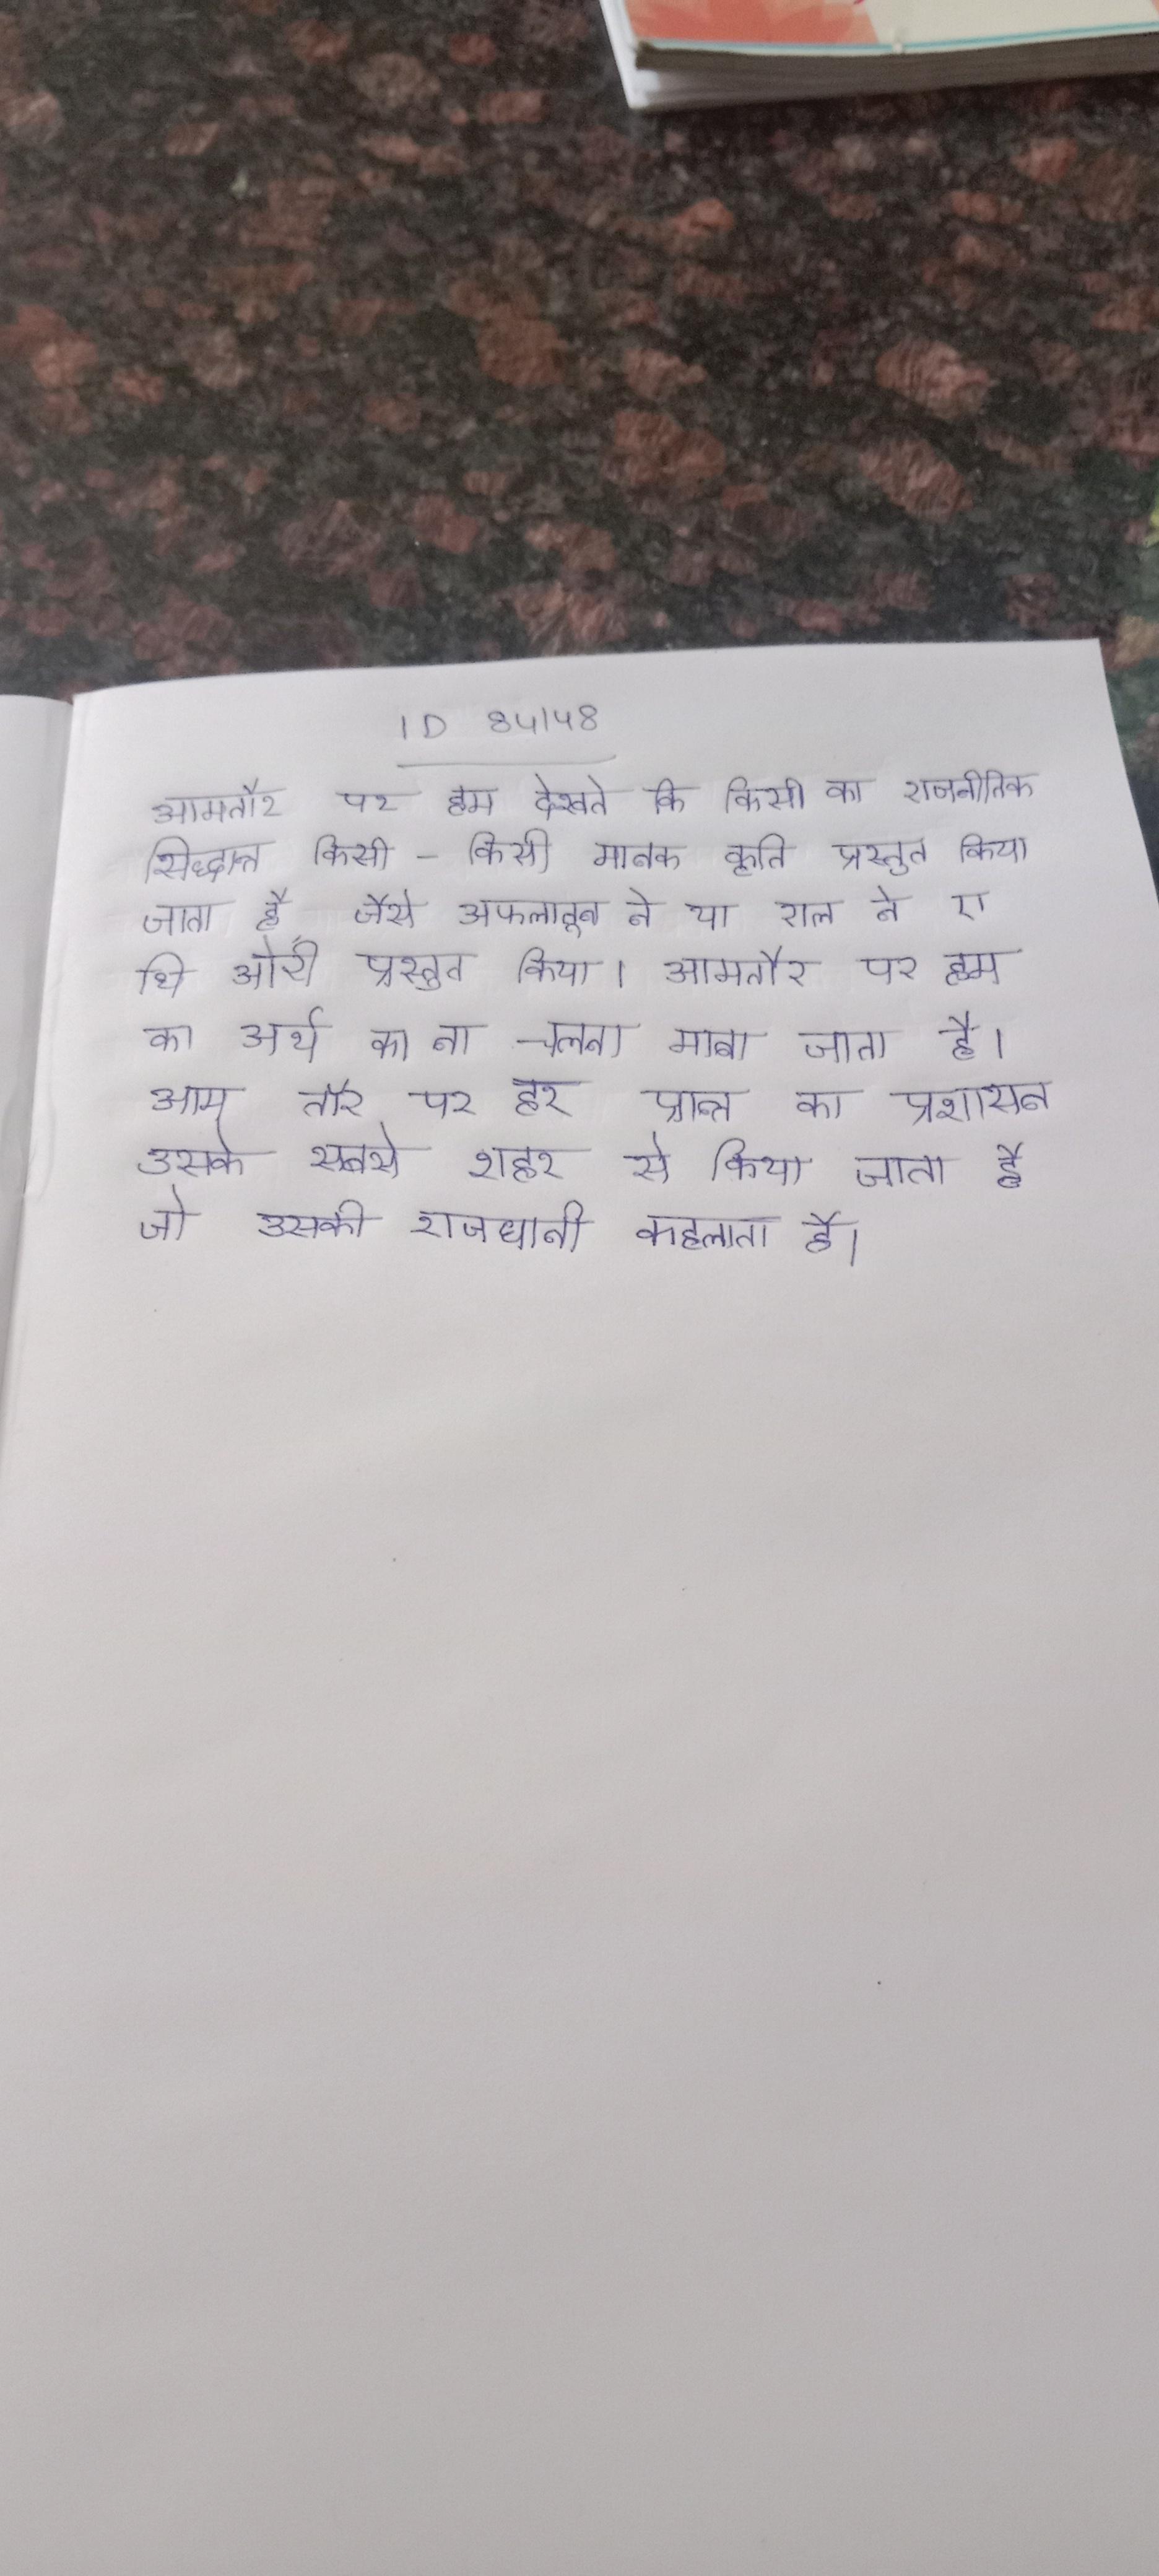
आमतौर पर हम देखते कि किसी का राजनीतिक सिद्धान्त किसी-किसी मानक कृति प्रस्तुत किया जाता है, जैसे अफलातून ने या रॉल ने ए थिओरी प्रस्तुत किया । आमतौर पर हम का अर्थ का ना चलना माना जाता है । आम तौर पर हर प्रान्त का प्रशासन उसके सबसे शहर से किया जाता है जो उसकी राजधानी कहलाता है ।